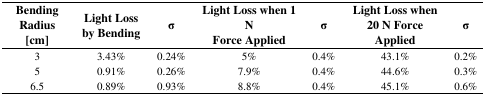
<table><thead><tr><td><b>BendingRadius[cm]</b></td><td><b>Light Lossby Bending</b></td><td><b>σ</b></td><td><b>Light Loss when 1NForce Applied</b></td><td><b>σ</b></td><td><b>Light Loss when20 N ForceApplied</b></td><td><b>σ</b></td></tr></thead><tbody><tr><td>3</td><td>3.43%</td><td>0.24%</td><td>5%</td><td>0.4%</td><td>43.1%</td><td>0.2%</td></tr><tr><td>5</td><td>0.91%</td><td>0.26%</td><td>7.9%</td><td>0.4%</td><td>44.6%</td><td>0.3%</td></tr><tr><td>6.5</td><td>0.89%</td><td>0.93%</td><td>8.8%</td><td>0.4%</td><td>45.1%</td><td>0.6%</td></tr></tbody></table>